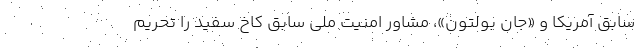
سابق آمریکا و «جان بولتون»، مشاور امنیت ملی سابق کاخ سفید را تحریم